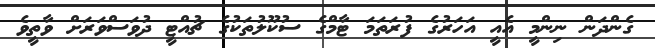
ގެންދަން ނިންމީ އެއީ އަހަރުގެ ފުރަތަމަ ޓާމްގެ ސުކޫލުތަކުގެ ޗުއްޓީ ދުވަސްވަރަށް ވާތީވެ